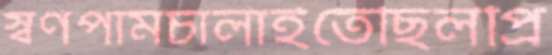
স্বর্ণপামচালাইতেছিলপ্রি